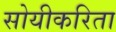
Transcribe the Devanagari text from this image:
सोयीकरिता